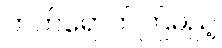
တက်ရောက်ကြမည့်